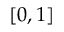
[ 0 , 1 ]